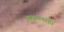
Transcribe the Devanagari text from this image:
करायचाही